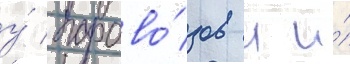
у́ парово́зов л и́